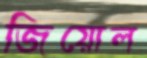
জিয়োল